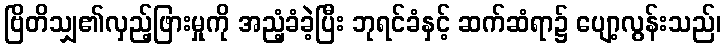
ဗြိတိသျှ၏လှည့်ဖြားမှုကို အညံ့ခံခဲ့ပြီး ဘုရင်ခံနှင့် ဆက်ဆံရာ၌ ပျော့လွန်းသည်၊